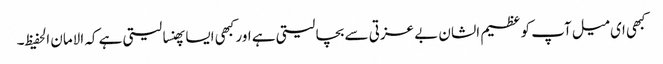
کبھی ای میل آپ کو عظیم الشان بے عزتی سے بچا لیتی ہے اور کبھی ایسا پھنسا لیتی ہے کہ الامان الحفیظ۔